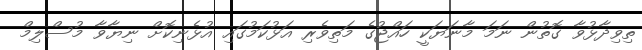
ތިވިދާޅުވާ ގޮތުން ނަމަ މާނަޔަކީ ހައްޖުގެ މަތިވެރި އަޅުކަމުގައި އުޅެނިކޮށް ނިޔާވާ މުސްލިމް